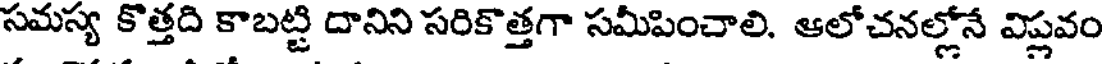
సమస్య కొత్తది కాబట్టి దానిని సరికొత్తగా సమీపించాలి. ఆలోచనల్లోనే విప్లవం